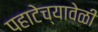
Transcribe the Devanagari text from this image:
पहाटेच्यावेळी